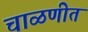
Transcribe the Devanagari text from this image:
चाळणीत